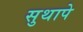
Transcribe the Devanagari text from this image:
सुथापे